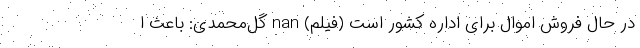
در حال فروش اموال برای اداره کشور است (فیلم) nan گل‌محمدی: باعث ا